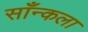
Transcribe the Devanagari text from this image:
साँन्कला